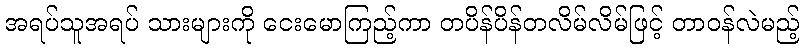
အရပ်သူအရပ် သားများကို ငေးမောကြည့်ကာ တပိန်ပိန်တလိမ်လိမ်ဖြင့် တာဝန်လဲမည့်